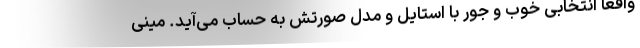
واقعا انتخابی خوب و جور با استایل و مدل صورتش به حساب می‌آید. مینی